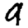
Digit: 9